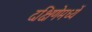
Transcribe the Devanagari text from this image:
दक्षिणेमध्यें